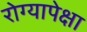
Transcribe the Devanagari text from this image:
रोग्यापेक्षा